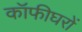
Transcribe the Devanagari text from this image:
कॉफीघरों